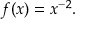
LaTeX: f ( x ) = x ^ { - 2 } .